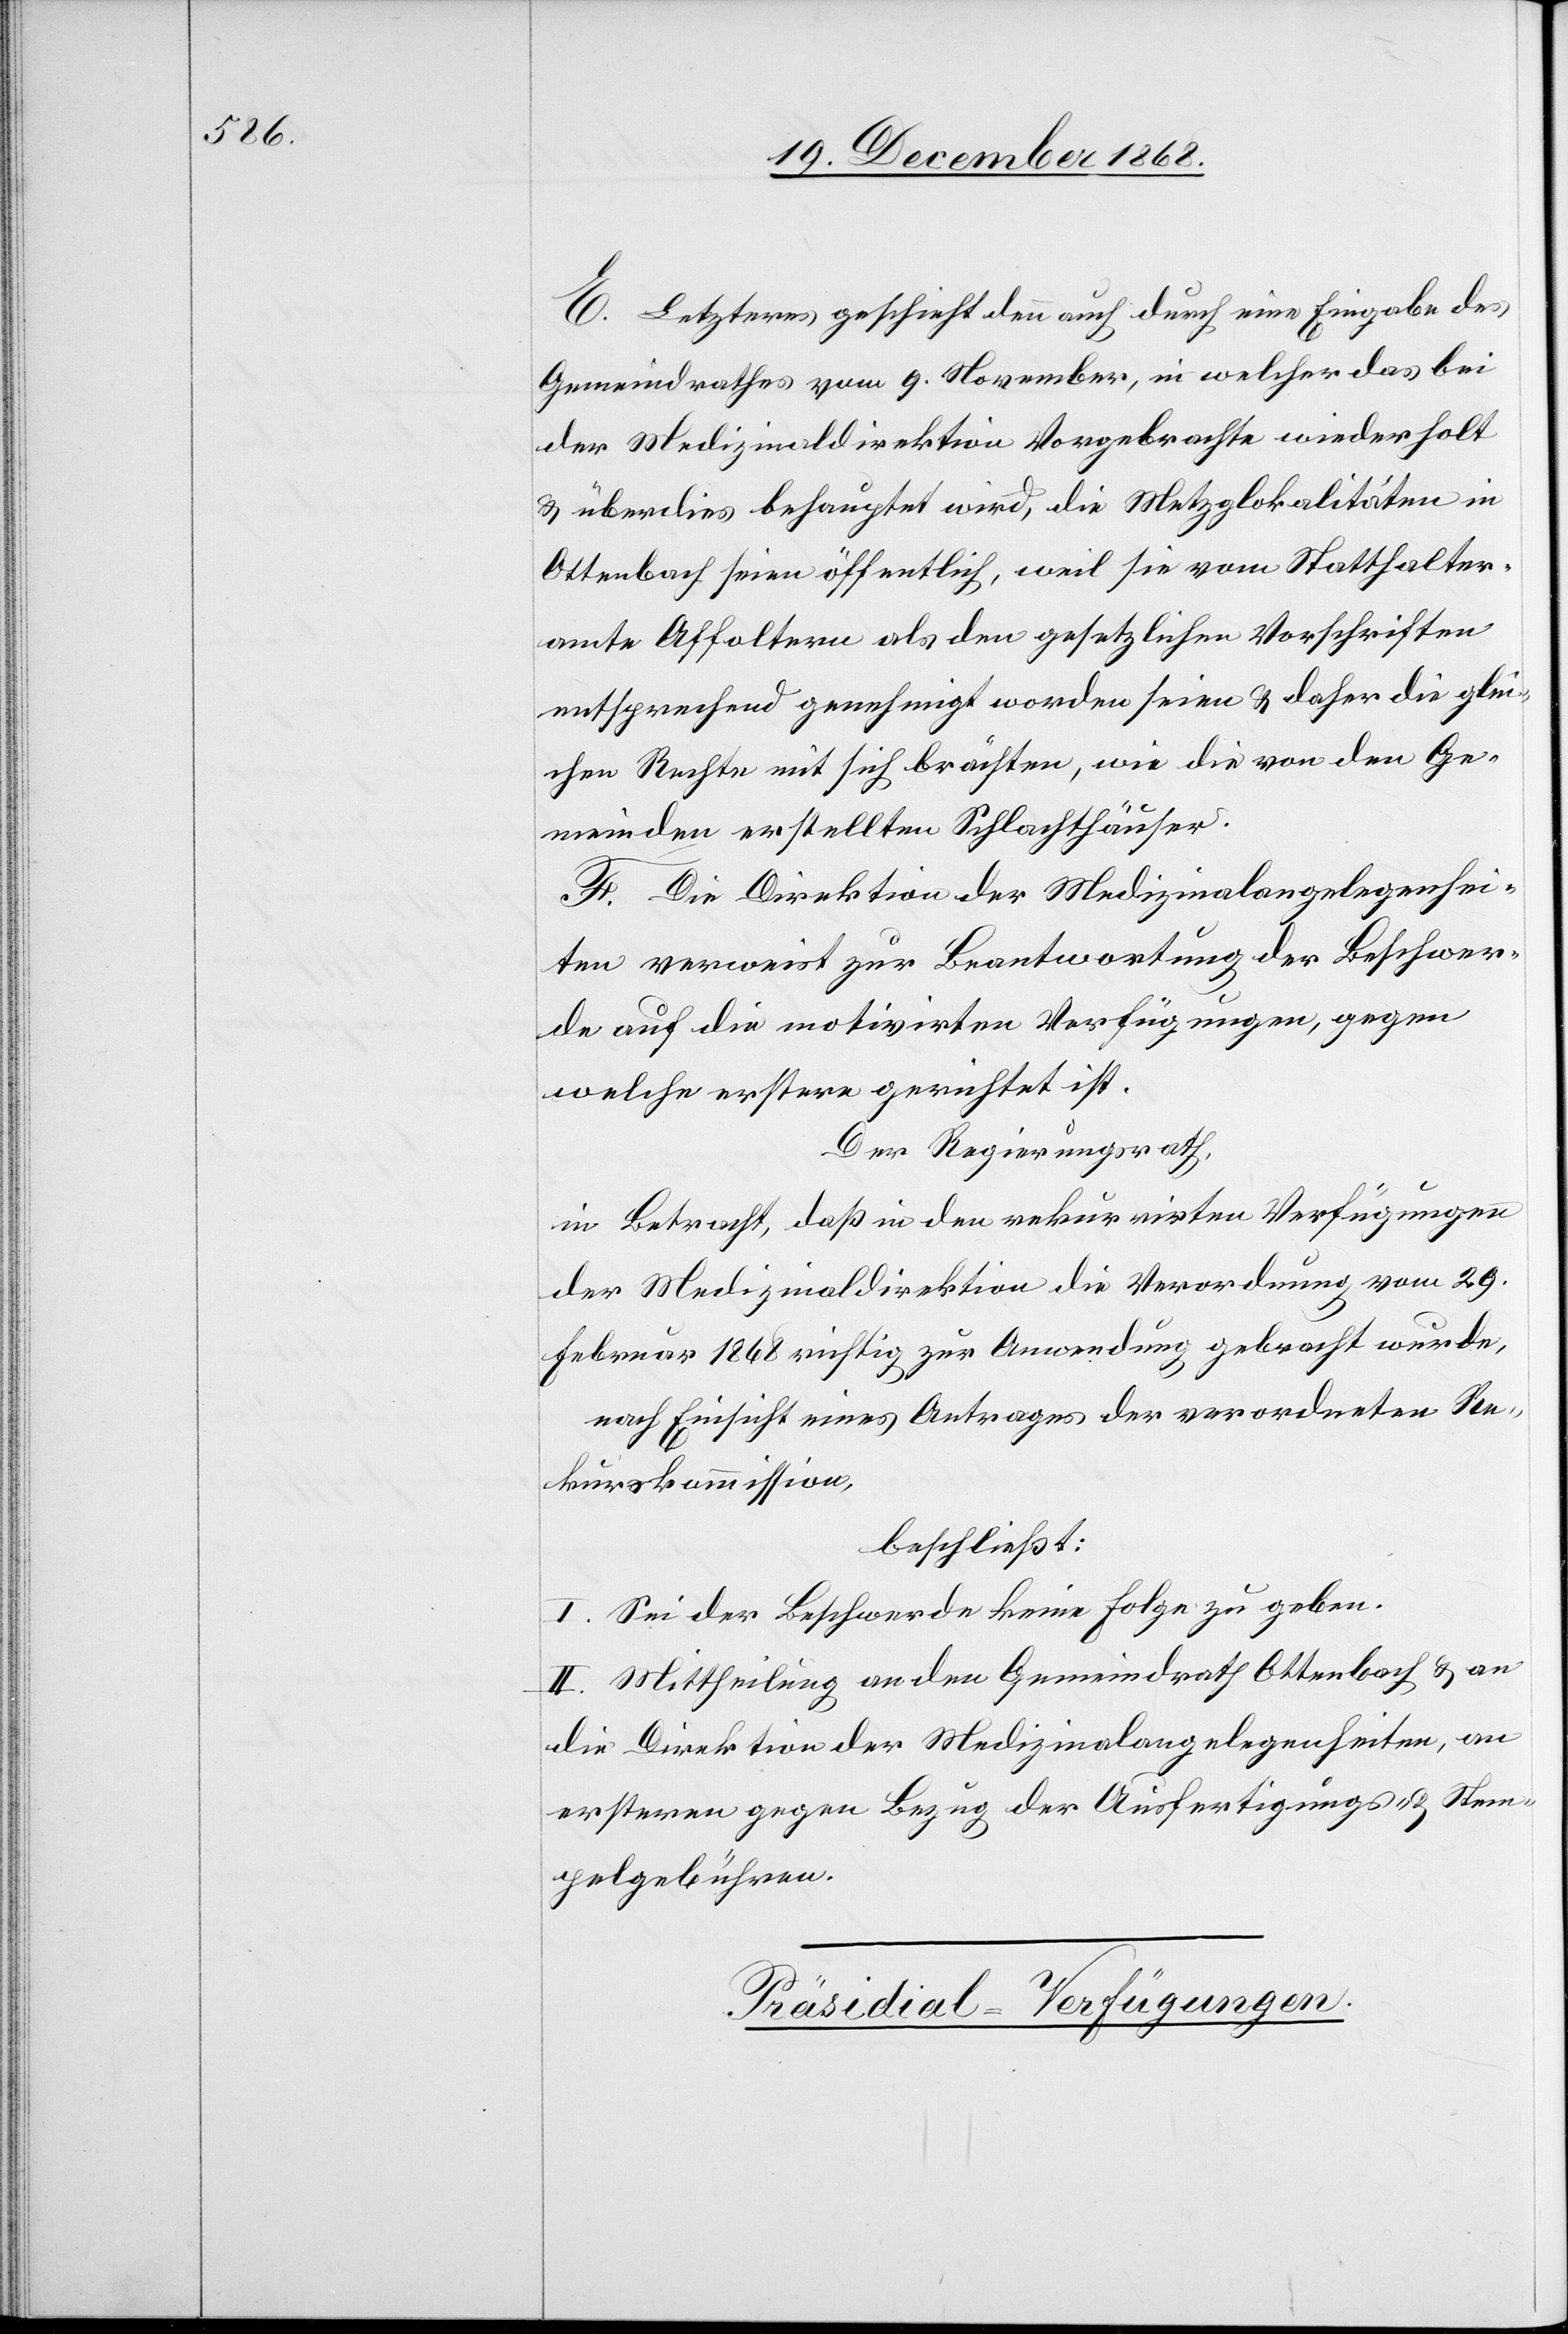
E. Letzteres geschieht denn auch durch eine Eingabe des
Gemeindrathes vom 9. November, in welcher das bei
der Medizinaldirektion Vorgebrachte wiederholt
& überdies behauptet wird, die Metzglokalitäten in
Ottenbach seien öffentlich, weil sie vom Statthalter¬
amte Affoltern als den gesetzlichen Vorschriften
entsprechend genehmigt worden seien & daher die glei¬
chen Rechte mit sich brächten, wie die von den Ge¬
meinden erstellten Schlachthäuser.
F. Die Direktion der Medizinalangelegenhei¬
ten verweist zur Beantwortung der Beschwer¬
de auf die motivirten Verfügungen, gegen
welche erstere gerichtet ist.
Der Regierungsrath,
in Betracht, daß in den rekurrirten Verfügungen
der Medizinaldirektion die Verordnung vom 29.
Februar 1868 richtig zur Anwendung gebracht wurde,
nach Einsicht eines Antrages der verordneten Re¬
kurskommission,
beschließt:
I. Sei der Beschwerde keine Folge zu geben.
II. Mittheilung an den Gemeindrath Ottenbach & an
die Direktion der Medizinalangelegenheiten, an
ersteren gegen Bezug der Ausfertigungs- & Stem¬
pelgebühren.
Präsidial-Verfügungen.